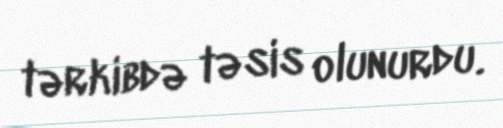
tərkibdə təsis olunurdu.